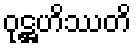
ဝုဋ္ဌဟိဿတိ